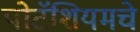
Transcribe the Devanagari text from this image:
पोटॅशियमचे